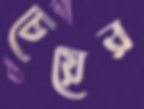
চেয়ের